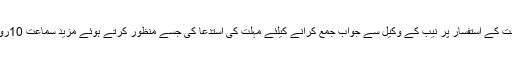
سماعت کے دوران فاضل عدالت کے استفسار پر نیب کے وکیل سے جواب جمع کرانے کیلئے مہلت کی استدعا کی جسے منظور کرتے ہوئے مزید سماعت 10روز کے لیے ملتوی کردی گئی۔